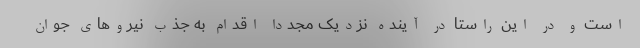
است و در این راستا در آینده نزدیک مجدداً اقدام به جذب نیروهای جوان